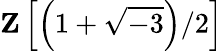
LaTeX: \mathbf{Z}\left[\left(1+{\sqrt{-3}}\right)/2\right]